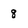
Character: 8